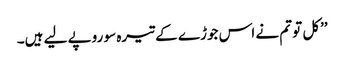
’’کل تو تم نے اس جوڑے کے تیرہ سو روپے لیے ہیں۔